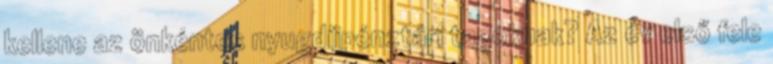
kellene az önkéntes nyugdíjpénztári tagoknak? Az év első fele